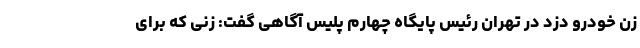
زن خودرو دزد در تهران رئیس پایگاه چهارم پلیس آگاهی گفت: زنی که برای